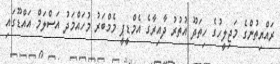
ރައްޔިތުންގެ މަޖިލީހުގެ ހިތަދޫ އުތުރު ދާއިރާގެ އެމްޑީޕީ މެމްބަރު މުހައްމަދު އަސްލަމް އައްޑޫގައި